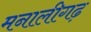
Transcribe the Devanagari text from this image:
मनालीगढ़